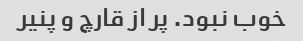
خوب نبود. پر از قارچ و پنیر